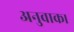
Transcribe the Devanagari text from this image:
अनुवाक।